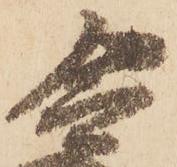
令